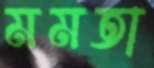
মমতা